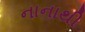
નાનાથી